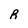
Character: R